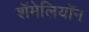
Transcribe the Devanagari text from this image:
शॅमेलियॉन